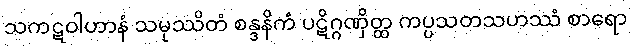
သကဋဝါဟာနံ သမုဿိတံ စန္ဒနိကံ ပဋိဂ္ဂဏှိတ္ထ ကပ္ပသတသဟဿံ စာရော